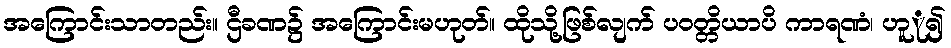
အကြောင်းသာတည်း။ ဌီခဏ၌ အကြောင်းမဟုတ်။ ထိုသို့ဖြစ်လျက် ပဝတ္တိယာပိ ကာရဏံ၊ ဟူု၍